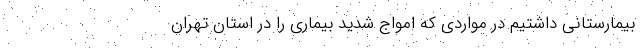
بیمارستانی داشتیم در مواردی که امواج شدید بیماری را در استان تهران